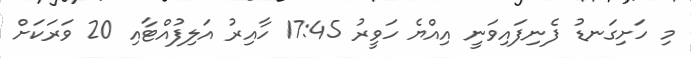
މި ހަށިގަނޑު ފެނިފައިވަނީ އިއްޔެ ހަވީރު 17:45 ހާއިރު އަލިފުއްޓާއި 20 ވަރަކަށް